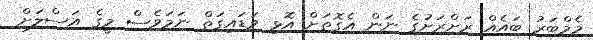
މެމްބަރު ބައެއް ރަށްރަށުގެ ނަން އެގޮތަށް އޮޅި ވަޑައިގަތް ނަމަވެސް މީގެ އަސްލަށް